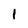
Character: 1